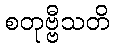
စတုဗ္ဗီသတိ